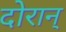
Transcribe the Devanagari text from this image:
दोरान्